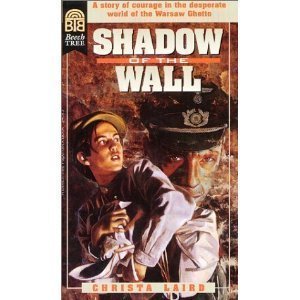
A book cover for Shadow of the Wall; Christa Laird; Teen & Young Adult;